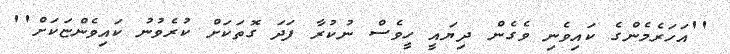
''އަހަރެމެންގެ ކައިވެނި ވެގެން ދިޔައީ ހީވެސް ނުކުރާ ފަދަ ގޮތަކަށް ކުރެވުނު ކައިވެންޏަކަށް''